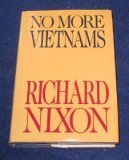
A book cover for No More Vietnams; Richard Nixon; Engineering & Transportation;